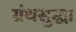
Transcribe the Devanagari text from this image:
ग्रंथसुद्धा